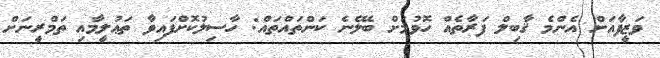
ވަޒީފާއަށް އެންމެ ޤާބިލް ފަރާތެއް ހޮވުމަށް ބެލޭނެ ކަންތައްތައް: ހާސިލުކޮށްފައިވާ ތަޢުލީމާއި ތަމްރީނަށް